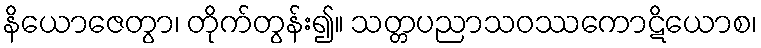
နိယောဇေတွာ၊ တိုက်တွန်း၍။ သတ္တပညာသဝဿကောဋိယောစ၊